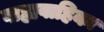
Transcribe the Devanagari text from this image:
बाह्यवाहिका